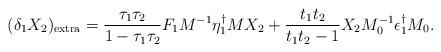
LaTeX: \begin{align*}(\delta_1 X_2)_{\rm extra} ={\tau_1\tau_2\over 1 - \tau_1\tau_2} F_1 M^{-1} \eta_1^{\dagger}M X_2 + {t_1t_2\over t_1 t_2 - 1} X_2 M_0^{-1} \epsilon_1^{\dagger} M_0.\end{align*}